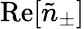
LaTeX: \mathrm{Re}[\tilde{n}_{\pm}]